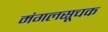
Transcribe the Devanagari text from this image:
मंगलसूचक